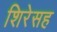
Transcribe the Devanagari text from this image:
शिरेसह